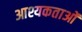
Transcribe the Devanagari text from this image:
आश्यकताओं